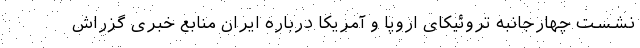
نشست چهارجانبه تروئیکای اروپا و آمریکا درباره ایران منابع خبری گزراش